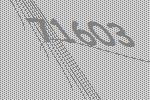
71603